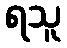
ရသူ